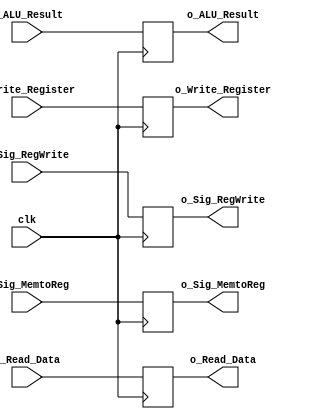
module mem_wb(
    clk,
    i_Sig_RegWrite,
    i_Write_Register,
    i_Sig_MemtoReg,
    i_Read_Data,
    i_ALU_Result,
    o_Sig_MemtoReg,
    o_Read_Data,
    o_ALU_Result,
    o_Write_Register,
    o_Sig_RegWrite
    );
    
    input clk;
    input i_Sig_MemtoReg;
    input i_Sig_RegWrite;
    input [2:0] i_Write_Register;
    input [15:0] i_Read_Data;
    input [15:0] i_ALU_Result;
    output reg o_Sig_MemtoReg;
    output reg [15:0] o_Read_Data;
    output reg [15:0] o_ALU_Result;
    output reg [2:0] o_Write_Register;
    output reg o_Sig_RegWrite;
    
    always @( negedge clk) begin 
        o_Sig_MemtoReg <= i_Sig_MemtoReg;
        o_Read_Data <= i_Read_Data;
        o_ALU_Result <= i_ALU_Result;
        o_Write_Register <= i_Write_Register;
        o_Sig_RegWrite <= i_Sig_RegWrite;
    end 

endmodule